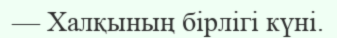
— Халқының бірлігі күні.